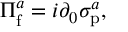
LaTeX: \Pi _ { \mathrm { f } } ^ { a } = i \partial _ { 0 } \sigma _ { \mathrm { p } } ^ { a } ,